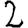
Digit: 2